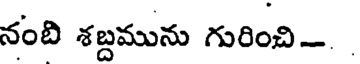
నంది శబ్దమును గురించి-